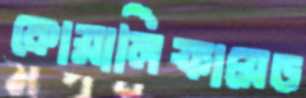
কোয়ালিফায়েড